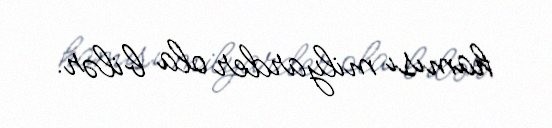
hamısı milyarder ola bilər.